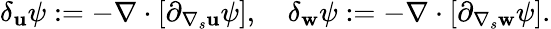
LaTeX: \begin{array}{r}{\delta_{\mathbf{u}}\psi:=-\nabla\cdot\left[\partial_{\nabla_{s}\mathbf{u}}\psi\right],\quad\delta_{\mathbf{w}}\psi:=-\nabla\cdot\left[\partial_{\nabla_{s}\mathbf{w}}\psi\right].}\end{array}